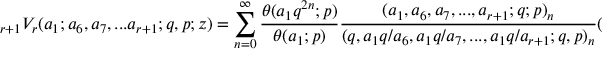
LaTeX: \displaystyle { } _ { r + 1 } V _ { r } ( a _ { 1 } ; a _ { 6 } , a _ { 7 } , . . . a _ { r + 1 } ; q , p ; z ) = \sum _ { n = 0 } ^ { \infty } { \frac { \theta ( a _ { 1 } q ^ { 2 n } ; p ) } { \theta ( a _ { 1 } ; p ) } } { \frac { ( a _ { 1 } , a _ { 6 } , a _ { 7 } , . . . , a _ { r + 1 } ; q ; p ) _ { n } } { ( q , a _ { 1 } q / a _ { 6 } , a _ { 1 } q / a _ { 7 } , . . . , a _ { 1 } q / a _ { r + 1 } ; q , p ) _ { n } } } ( q z ) ^ { n }